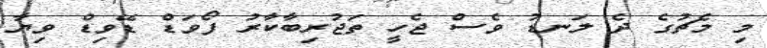
މި މެޗުގެ ދެ ލަނޑު ވެސް ޖެހީ ތަޖުރިބާކާރު ފޯވަޑް ޑޭވިޑް ވިޔާ